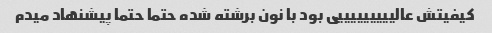
کیفیتش عالیییییییییی بود با نون برشته شده حتما حتما پیشنهاد میدم